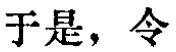
于是，令